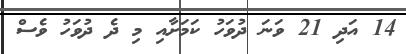
14 އަދި 21 ވަނަ ދުވަހު ކަމަށާއި މި ދެ ދުވަހު ވެސް